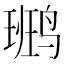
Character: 𪉒